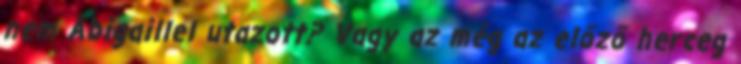
nem Abigaillel utazott? Vagy az még az előző herceg